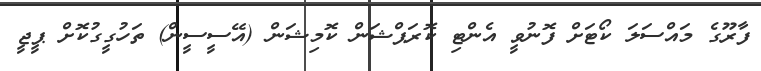
ފާރޫގެ މައްސަލަ ކޯޓަށް ފޮނުވީ އެންޓި ކޮރަޕްޝަން ކޮމިޝަން (އޭސީސީން) ތަހުގީގުކޮށް ޕީޖީ